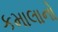
કમાલાનો